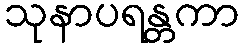
သုနာပရန္တကာ